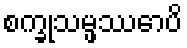
စက္ခုသမ္ဖဿောပိ